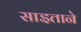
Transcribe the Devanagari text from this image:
साइताने